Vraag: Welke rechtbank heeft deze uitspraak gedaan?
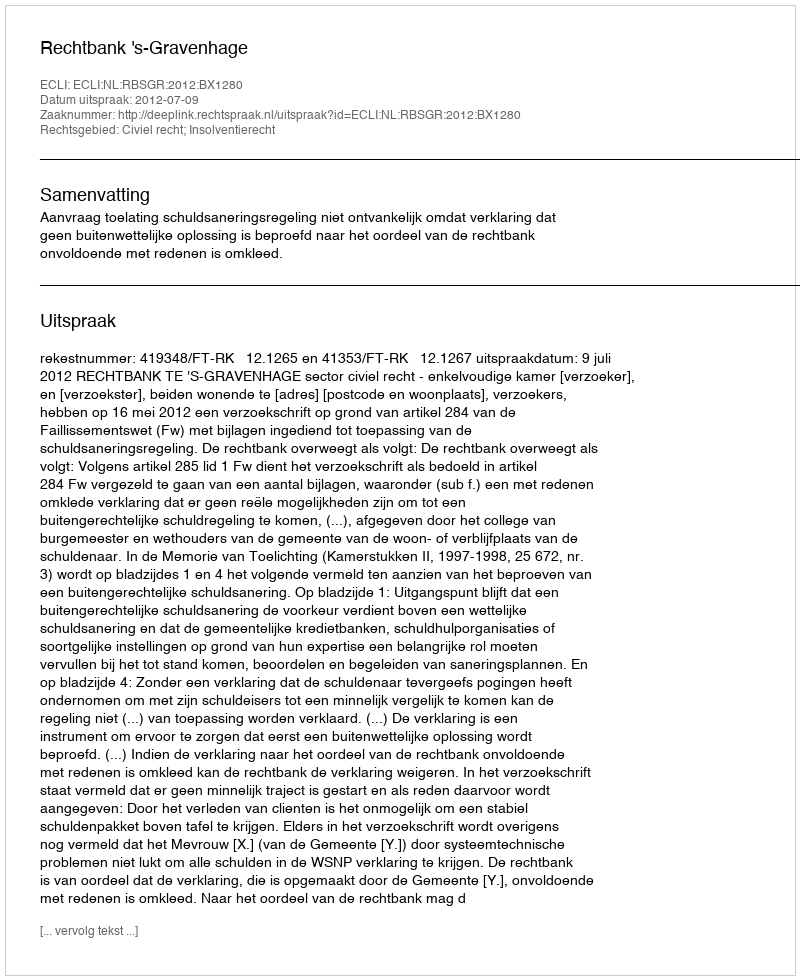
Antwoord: Rechtbank 's-Gravenhage